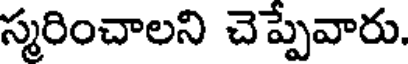
స్మరించాలని చెప్పేవారు.